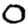
Digit: 0